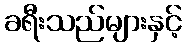
ခရီးသည်များနှင့်